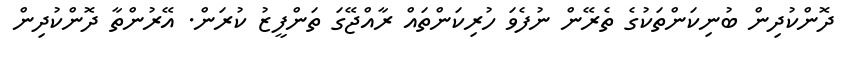
ދޮންކުދިން ބުނިކަންތަކުގެ ތެރޭން ނުފެވަ ހުރިކަންތައް ރާއްޖޭގަ ތަންފީޒު ކުރަން. އޭރުންތާ ދޮންކުދިން